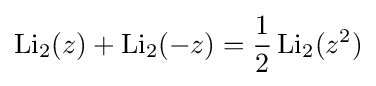
\operatorname {Li} _{2}(z)+\operatorname {Li} _{2}(-z)={\frac {1}{2}}\operatorname {Li} _{2}(z^{2})